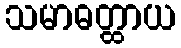
သမာဓတ္ထာယ